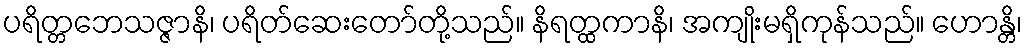
ပရိတ္တဘေသဇ္ဇာနိ၊ ပရိတ်ဆေးတော်တို့သည်။ နိရတ္ထကာနိ၊ အကျိုးမရှိကုန်သည်။ ဟောန္တိ၊